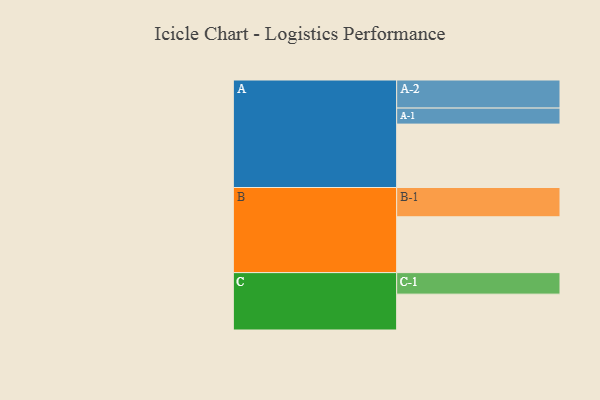
{"axis": {"x": "Segment", "y": "Value"}, "legend": ["", "A", "B", "C"], "data": [{"x": "A", "y": 578, "type": ""}, {"x": "B", "y": 509, "type": ""}, {"x": "C", "y": 327, "type": ""}, {"x": "A-1", "y": 146, "type": "A"}, {"x": "A-2", "y": 256, "type": "A"}, {"x": "B-1", "y": 267, "type": "B"}, {"x": "C-1", "y": 196, "type": "C"}]}